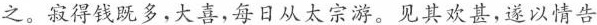
之。寂得既多，大喜，每日从太宗游。见其欢甚，遂以情告